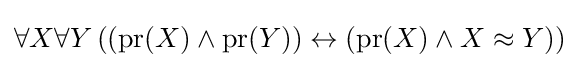
\forall X\forall Y\,((\mathrm {pr} (X)\land \mathrm {pr} (Y))\leftrightarrow (\mathrm {pr} (X)\land X\approx Y))